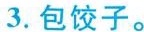
3.包饺子。